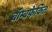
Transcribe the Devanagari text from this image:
बॉम्बफेकित